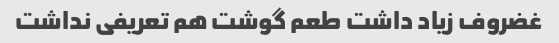
غضروف زیاد داشت طعم گوشت هم تعریفی نداشت